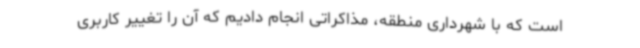
است که با شهرداری منطقه، مذاکراتی انجام دادیم که آن را تغییر کاربری